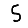
Digit: 5